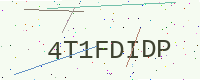
Text: 4T1FDIDP